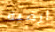
ارضية